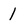
Character: 1